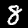
Label: 8